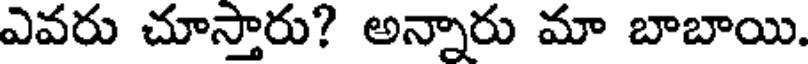
ఎవరు చూస్తారు? అన్నారు మా బాబాయి.